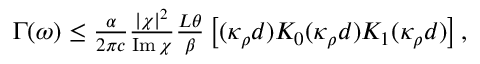
\begin{array} { r } { \Gamma ( \omega ) \leq \frac { \alpha } { 2 \pi c } \frac { | \chi | ^ { 2 } } { \operatorname { I m } \chi } \frac { L \theta } { \beta } \left[ ( \kappa _ { \rho } d ) K _ { 0 } ( \kappa _ { \rho } d ) K _ { 1 } ( \kappa _ { \rho } d ) \right] , } \end{array}